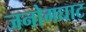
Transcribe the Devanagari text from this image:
जनोगघाट